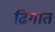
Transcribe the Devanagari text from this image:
ढिगात